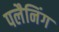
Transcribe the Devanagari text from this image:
पलैनिंग